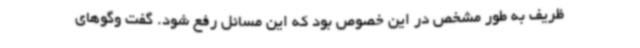
ظریف به طور مشخص در این خصوص بود که این مسائل رفع شود. گفت وگوهای